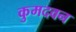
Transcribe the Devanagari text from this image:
कुमदवन